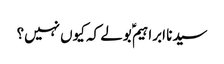
سیدنا ابراہیمؑ بولے کہ کیوں نہیں؟